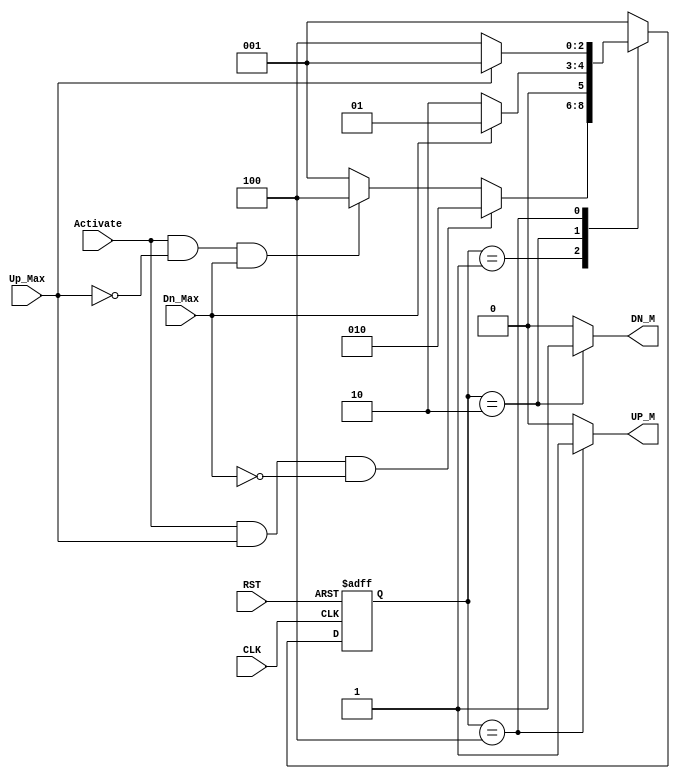
module Automatic_Garage_Door_Controller 
(
input wire Up_Max,Dn_Max,
input wire Activate,
input wire CLK,
input wire RST,
output reg UP_M,
output reg DN_M
);



localparam [2:0]       IDLE= 3'b001,
					   Mv_Dn= 3'b010,
					   Mv_Up= 3'b100;
					   
reg    [2:0] current_state,next_state ;
					  
always@(posedge CLK or negedge RST)
 begin
	if(!RST)
		begin
			current_state <= IDLE ;
		end
	else
		begin
			current_state <= next_state ;
		end
 end

always @(*)
 begin
  case(current_state)
  IDLE      : begin
              if(Activate && Up_Max && !Dn_Max)
				next_state = Mv_Dn ;
              else if (Activate && !Up_Max && Dn_Max)
				next_state = Mv_Up ;	
			  else
				next_state = IDLE ;	
             end
  Mv_Dn     : begin
              if(Dn_Max)
				next_state = IDLE ;
              else
				next_state = Mv_Dn ;	   
			  end
  Mv_Up     : begin
              if(Up_Max)
				next_state = IDLE ;
              else
				next_state = Mv_Up ;	    
            end
  
  default :   	next_state = IDLE ;		 
  
  endcase
end	


// next_state logic
always @(*)
 begin
  case(current_state)
  IDLE     : begin
              UP_M   =  1'b0 ;	
			  DN_M	 =  1'b0 ;	
             end
  Mv_Dn    : begin
			    UP_M     =  1'b0 ;	
				DN_M	 =  1'b1 ;	
             end	
  Mv_Up    : begin
              UP_M   =  1'b1 ;	
			  DN_M	 =  1'b0 ;	   
             end
  default  : begin
              UP_M   =  1'b0 ;	
			  DN_M	 =  1'b0 ;	
             end			  
  endcase
 end	
		
		
endmodule